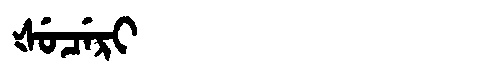
Manchu: ᡧᡠᠴᡝᡵᡳ
Romanization: ŠUCERI